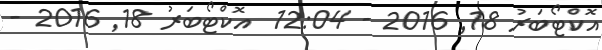
އޮކްޓޯބަރު 18